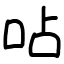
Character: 呫